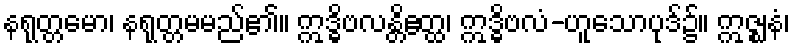
နရုတ္တမော၊ နရုတ္တမမည်၏။ ဣဒ္ဓိဗလန္တိဧတ္ထ၊ ဣဒ္ဓိဗလံ-ဟူသောပုဒ်၌။ ဣဇ္ဈနံ၊